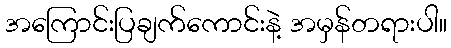
အကြောင်းပြချက်ကောင်းနဲ့ အမှန်တရားပါ။